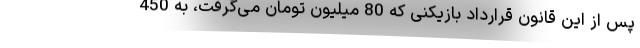
پس از این قانون قرارداد بازیکنی که 80 میلیون تومان می‌گرفت، به 450